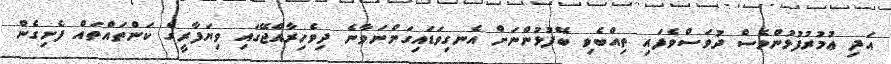
އަދި ޢުމުރުފުޅުންވެސް ދުވަސްވެފައި ތިއްބެވި ބޭފުޅުންނަށް އެނގިވަޑައިގަންނަވާނެ ދިވެހިރާއްޖޭގައި ވިޔަފާރީގެ ކަންތައްތައް ފެށިގެން